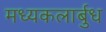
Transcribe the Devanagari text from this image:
मध्यकलार्बुध